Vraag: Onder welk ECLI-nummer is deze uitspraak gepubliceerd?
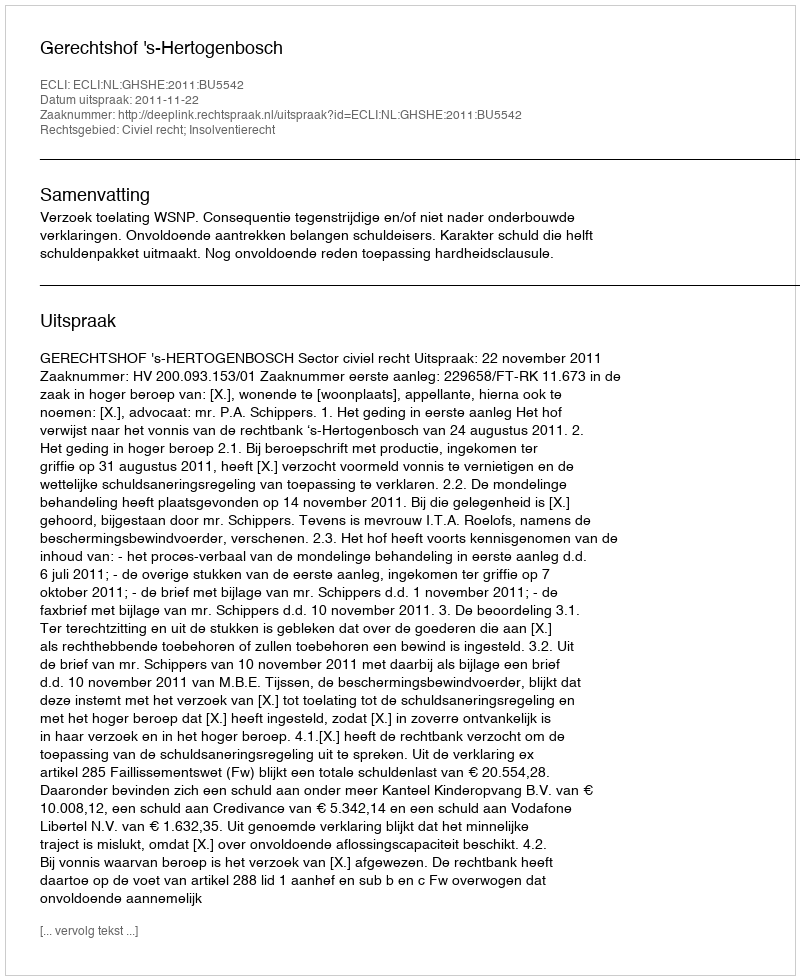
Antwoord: ECLI:NL:GHSHE:2011:BU5542